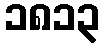
၁၈၁၃